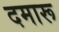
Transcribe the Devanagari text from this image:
दमारू